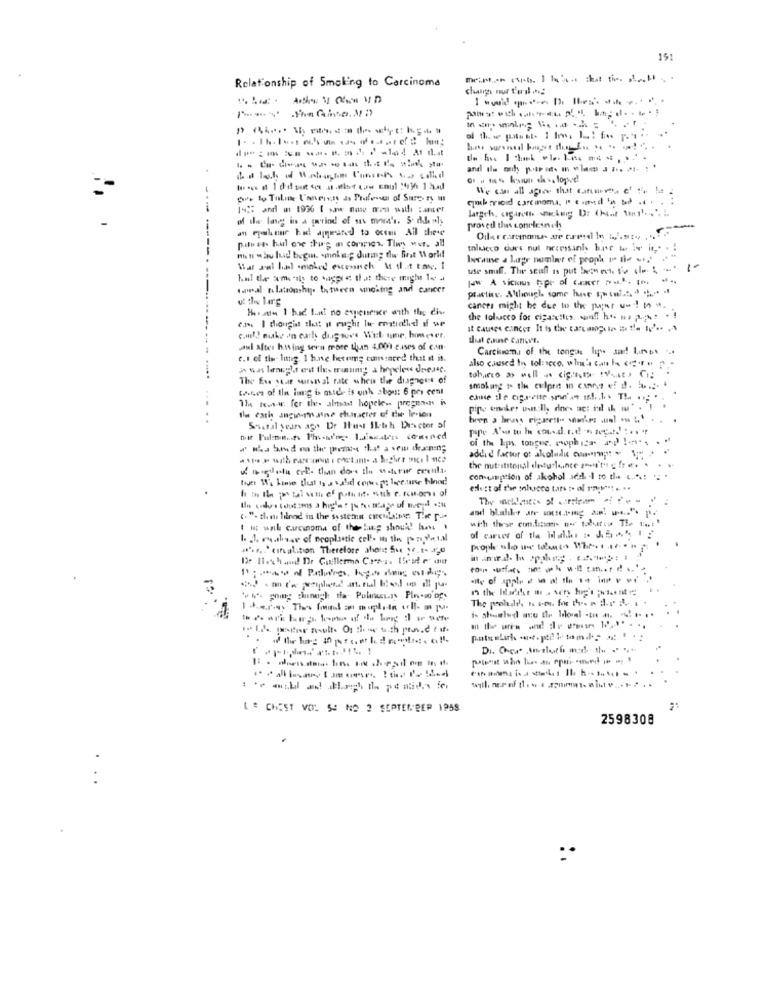
15:
Relationship of Smoking to Carcinoma
change nur t'es
--
an epalinne had appeared to ocem Ail these
proved thes conelesech
-----
Odlar carmonu- are tured In w.sto ... V~
pul ss. hul one thing in corsign. Tiwy wer. all
tolucco curs nul neceisanl hac ter iv in .. . !
because a Lugr nominer of pronk I tie ....
use snuff. The staff as put bacon et tie (le & ..
hal the ams'ils to bagpre that there might le 4
JW A vicious hope of faxer ".". I.
samal nulationship totween smoking and cancer
practic. Although some have $( ... ..... .
cances might be due to the pagar un! na
can I dougis thett if rucht lu controlled if we
the tolucco for cigarettes was hi ma ;L ;. .
it causes cincor It is the campdie = !! ! ' .. .
c.ml! make in carl dugsove Wel ume, homeser.
that cause cancer.
paul altes hawking sevn more than 4.001 cases of comn.
Carcinoma of the tongue lyon same
e.s of tis lustig 1 hine heteme cumsared that it is.
also caused to tol: scco, when's can be << " " ""
The Eve star warstval rate when the diagnguns of
toutes of Ila lung is mich is onh about 6 per cent
smoking 1 tl culprit in currys ef dl. b. ...
The town-w. for thes almost hopele .. pregens is
Ils cath angwy ane character of die We-ion
Socsal years ago De Ilust Il-trh Diector of
of the kps. tongue. roph idas a) !--.. . "
the nutsititenal detusleinte rei'ts g fre. .
com-uisption of akohol sed -1 to the c.A .: .. .
etlust of the shcca tars >> al raguet .. ..
Un indus cautions a hip pocaage of event :
(. "- the linod in the ssstehen circulator; Tive um
with thear conditions wa tabattu Ti. .....
of carver of tla Halk. .. $5. 1 2
..... "coalition Therefore sheer Su 1f.t- #20
popk alo us tomto When
LE CHEST VOL S: NO 3 SEPTEMBER 1958
2598308